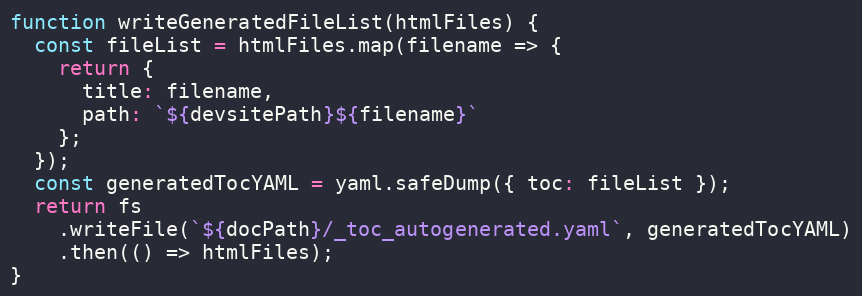
Language: JavaScript
function writeGeneratedFileList(htmlFiles) {
  const fileList = htmlFiles.map(filename => {
    return {
      title: filename,
      path: `${devsitePath}${filename}`
    };
  });
  const generatedTocYAML = yaml.safeDump({ toc: fileList });
  return fs
    .writeFile(`${docPath}/_toc_autogenerated.yaml`, generatedTocYAML)
    .then(() => htmlFiles);
}